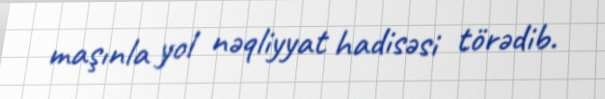
maşınla yol nəqliyyat hadisəsi törədib.